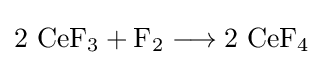
\mathrm {2\ CeF_{3}+F_{2}\longrightarrow 2\ CeF_{4}}